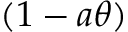
( 1 - a \theta )